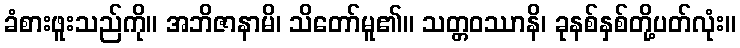
ခံစားဖူးသည်ကို။ အဘိဇာနာမိ၊ သိတော်မူ၏။ သတ္တဝဿာနိ၊ ခုနစ်နှစ်တို့ပတ်လုံး။